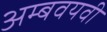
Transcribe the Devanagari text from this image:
अम्बवयवी